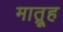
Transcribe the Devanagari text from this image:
मात्रूह